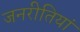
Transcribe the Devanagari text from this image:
जनरीतियां